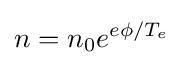
n=n_{0}e^{e\phi /T_{e}}